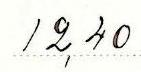
12,40